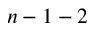
n - 1 - 2